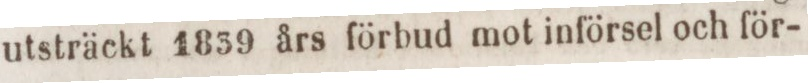
utsträckt 1839 års förbud mot införsel och för-